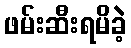
ဖမ်းဆီးရမိခဲ့